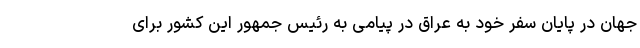
جهان در پایان سفر خود به عراق در پیامی به رئیس جمهور این کشور برای